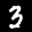
Label: 3